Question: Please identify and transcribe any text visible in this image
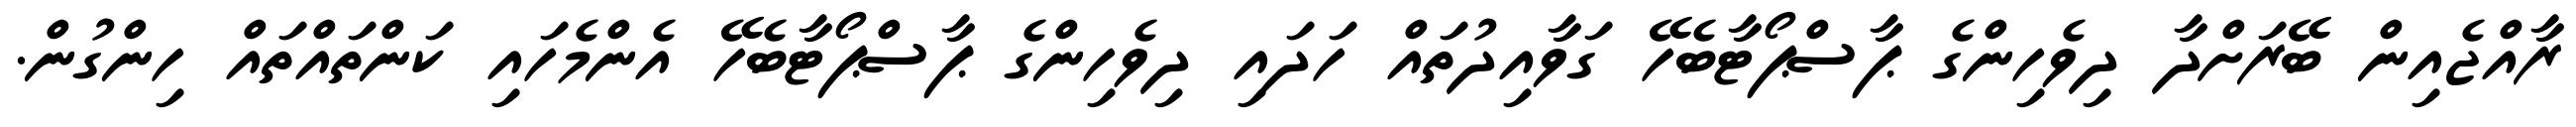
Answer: ރާއްޖެއިން ބޭރަށްދާ ދިވެހިންގެ ޕާސްޕޯޓާބެހޭ ގަވާއިދުތައް ހަދައި ދިވެހިންގެ ޕާސްޕޯޓާބެހޭ އެންމެހައި ކަންތައްތައް ހިންގުން.